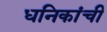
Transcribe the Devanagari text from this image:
धनिकांची